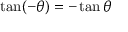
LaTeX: \tan ( - \theta ) = - \tan \theta